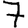
Digit: 7